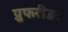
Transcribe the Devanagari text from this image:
प्रुफरीडर